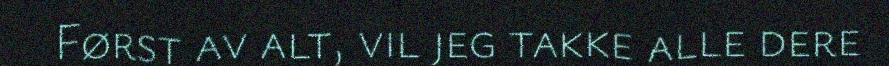
Først av alt, vil jeg takke alle dere